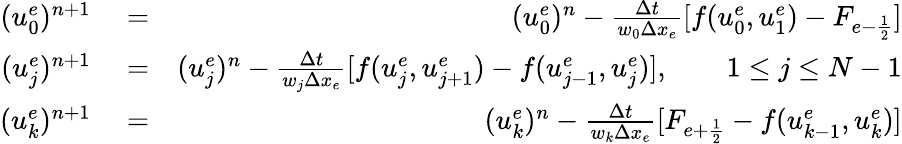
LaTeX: \begin{array}{rlr}{(u_{0}^{e})^{n+1}}&{{}=}&{(u_{0}^{e})^{n}-\frac{\Delta t}{w_{0}\Delta x_{e}}[f(u_{0}^{e},u_{1}^{e})-F_{e-\frac{1}{2}}]}\\ {(u_{j}^{e})^{n+1}}&{{}=}&{(u_{j}^{e})^{n}-\frac{\Delta t}{w_{j}\Delta x_{e}}[f(u_{j}^{e},u_{j+1}^{e})-f(u_{j-1}^{e},u_{j}^{e})],\qquad 1\le j\le N-1}\\ {(u_{k}^{e})^{n+1}}&{{}=}&{(u_{k}^{e})^{n}-\frac{\Delta t}{w_{k}\Delta x_{e}}[F_{e+\frac{1}{2}}-f(u_{k-1}^{e},u_{k}^{e})]}\end{array}